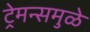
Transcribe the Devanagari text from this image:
ट्रेमन्समुळे